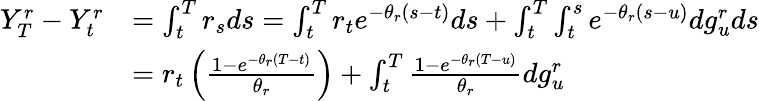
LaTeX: \begin{array}{rl}{Y_{T}^{r}-Y_{t}^{r}}&{=\int_{t}^{T}r_{s}ds=\int_{t}^{T}r_{t}e^{-\theta_{r}(s-t)}ds+\int_{t}^{T}\int_{t}^{s}e^{-\theta_{r}(s-u)}dg_{u}^{r}ds}\\ &{=r_{t}\left(\frac{1-e^{-\theta_{r}(T-t)}}{\theta_{r}}\right)+\int_{t}^{T}\frac{1-e^{-\theta_{r}(T-u)}}{\theta_{r}}dg_{u}^{r}}\end{array}